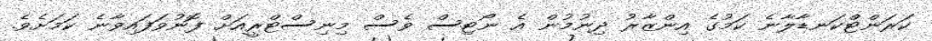
ކަރަންޓްކަނޑާލާނެ ކަމުގެ އިންޒާރު ދިނުމުން އެ ނޯޓިސް ވެސް މިނިސްޓްރީއަށް ފޮނުވަފައިވާނެ ކަމަށެވެ.